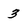
Character: 3